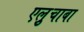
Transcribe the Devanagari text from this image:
एल्रुचाबा